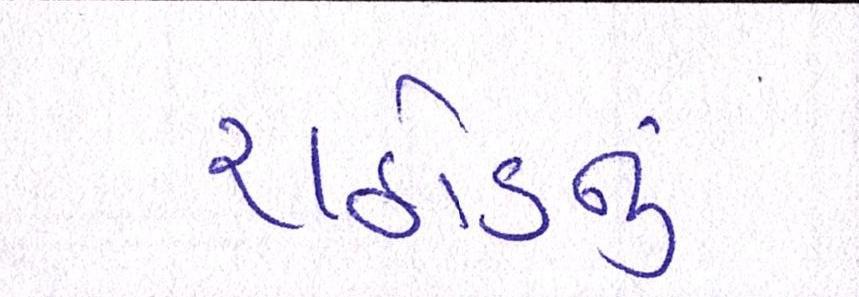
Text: રાઠોડનું